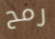
رمح